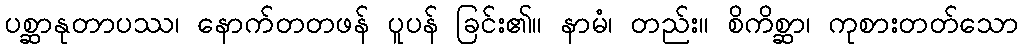
ပစ္ဆာနုတာပဿ၊ နောက်တတဖန် ပူပန် ခြင်း၏။ နာမံ၊ တည်း။ စိကိစ္ဆာ၊ ကုစားတတ်သော